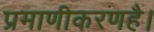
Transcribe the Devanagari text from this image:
प्रमाणीकरणहै।